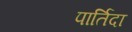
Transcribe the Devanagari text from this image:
पार्तिदा